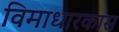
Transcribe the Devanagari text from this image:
विमाधारकास